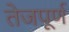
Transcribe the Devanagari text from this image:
तेजपूर्ण